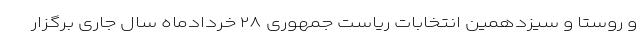
و روستا و سیزدهمین انتخابات ریاست جمهوری ۲۸ خردادماه سال جاری برگزار